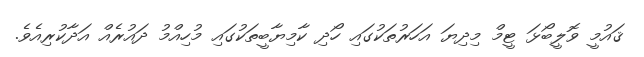
ޤައުމީ ވޮލީބޯޅަ ޓީމް މިދިޔަ އަހަރުތަކުގައި ހޯދި ކާމިޔާބީތަކުގައި މުހިއްމު ދައުރެއް އަދާކުރިއެވެ.